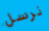
نرسل